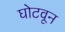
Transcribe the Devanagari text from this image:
घोटवून